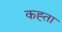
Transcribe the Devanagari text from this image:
कह्ता